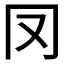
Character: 𠕀